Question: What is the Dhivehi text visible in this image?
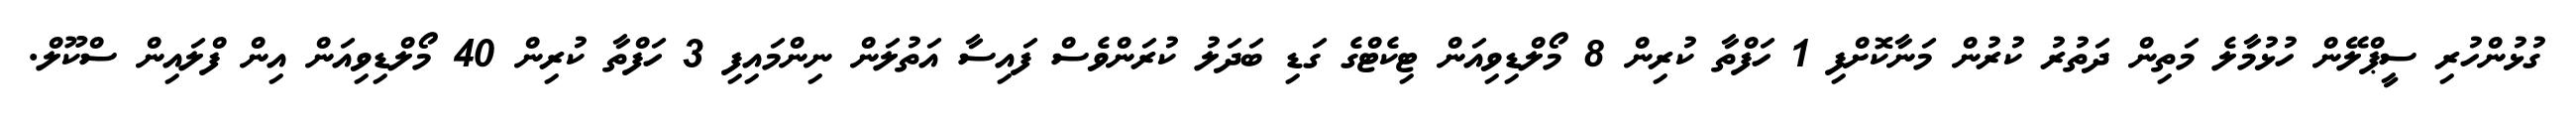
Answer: ގުޅުންހުރި ސީޕްލޭން ހުޅުމާލެ މަތިން ދަތުރު ކުރުން މަނާކޮށްފި 1 ހަފްތާ ކުރިން 8 މޯލްޑިވިއަން ޓިކެޓްގެ ގަޑި ބަދަލު ކުރަންވެސް ފައިސާ އަތުލަން ނިންމައިފި 3 ހަފްތާ ކުރިން 40 މޯލްޑިވިއަން އިން ފްލައިން ސްކޫލް.